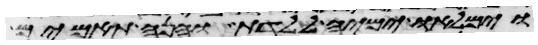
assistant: וימלאו ימיה ללדת והנה תאמים